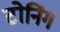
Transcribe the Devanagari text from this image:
टोनिंग